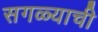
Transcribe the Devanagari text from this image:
सगळ्याची